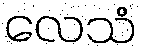
လေသံ